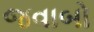
જવાબો